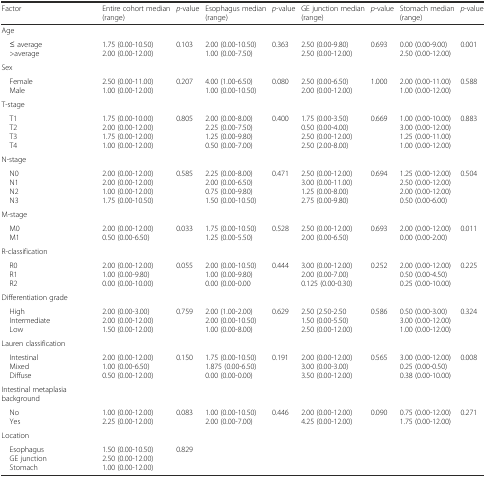
<table><thead><tr><td><b>Factor</b></td><td><b>Entire cohort median (range)</b></td><td><b><i>p</i>-value</b></td><td><b>Esophagus median (range)</b></td><td><b><i>p</i>-value</b></td><td><b>GE junction median (range)</b></td><td><b><i>p</i>-value</b></td><td><b>Stomach median (range)</b></td><td><b><i>p</i>-value</b></td></tr></thead><tbody><tr><td>Age</td><td></td><td></td><td></td><td></td><td></td><td></td><td></td><td></td></tr><tr><td> ≤ average &gt;average</td><td>1.75 (0.00-10.50)2.00 (0.00-12.00)</td><td>0.103</td><td>2.00 (0.00-10.50)1.00 (0.00-7.50)</td><td>0.363</td><td>2.50 (0.00-9.80)2.50 (0.00-12.00)</td><td>0.693</td><td>0.00 (0.00-9.00)2.50 (0.00-12.00)</td><td>0.001</td></tr><tr><td>Sex</td><td></td><td></td><td></td><td></td><td></td><td></td><td></td><td></td></tr><tr><td> Female Male</td><td>2.50 (0.00-11.00)1.00 (0.00-12.00)</td><td>0.207</td><td>4.00 (1.00-6.50)1.00 (0.00-10.50)</td><td>0.080</td><td>2.50 (0.00-6.50)2.00 (0.00-12.00)</td><td>1.000</td><td>2.00 (0.00-11.00)1.00 (0.00-12.00)</td><td>0.588</td></tr><tr><td>T-stage</td><td></td><td></td><td></td><td></td><td></td><td></td><td></td><td></td></tr><tr><td> T1 T2 T3 T4</td><td>1.75 (0.00-10.00)2.00 (0.00-12.00)1.75 (0.00-12.00)1.00 (0.00-12.00)</td><td>0.805</td><td>2.00 (0.00-8.00)2.25 (0.00-7.50)1.25 (0.00-9.80)0.50 (0.00-7.00)</td><td>0.400</td><td>1.75 (0.00-3.50)0.50 (0.00-4.00)2.50 (0.00-12.00)2.50 (2.00-8.00)</td><td>0.669</td><td>1.00 (0.00-10.00)3.00 (0.00-12.00)1.25 (0.00-11.00)1.00 (0.00-12.00)</td><td>0.883</td></tr><tr><td>N-stage</td><td></td><td></td><td></td><td></td><td></td><td></td><td></td><td></td></tr><tr><td> N0 N1 N2 N3</td><td>2.00 (0.00-12.00)2.00 (0.00-12.00)1.00 (0.00-12.00)1.75 (0.00-10.50)</td><td>0.585</td><td>2.25 (0.00-8.00)2.00 (0.00-6.50)0.75 (0.00-9.80)1.50 (0.00-10.50)</td><td>0.471</td><td>2.50 (0.00-12.00)3.00 (0.00-11.00)1.25 (0.00-8.00)2.75 (0.00-9.80)</td><td>0.694</td><td>1.25 (0.00-12.00)2.50 (0.00-12.00)2.00 (0.00-12.00)0.50 (0.00-6.00)</td><td>0.504</td></tr><tr><td>M-stage</td><td></td><td></td><td></td><td></td><td></td><td></td><td></td><td></td></tr><tr><td> M0 M1</td><td>2.00 (0.00-12.00)0.50 (0.00-6.50)</td><td>0.033</td><td>1.75 (0.00-10.50)1.25 (0.00-5.50)</td><td>0.528</td><td>2.50 (0.00-12.00)2.00 (0.00-6.50)</td><td>0.693</td><td>2.00 (0.00-12.00)0.00 (0.00-2.00)</td><td>0.011</td></tr><tr><td>R-classification</td><td></td><td></td><td></td><td></td><td></td><td></td><td></td><td></td></tr><tr><td> R0 R1 R2</td><td>2.00 (0.00-12.00)1.00 (0.00-9.80)0.00 (0.00-10.00)</td><td>0.055</td><td>2.00 (0.00-10.50)1.00 (0.00-9.80)0.00 (0.00-0.00</td><td>0.444</td><td>3.00 (0.00-12.00)2.00 (0.00-7.00)0.125 (0.00-0.30)</td><td>0.252</td><td>2.00 (0.00-12.00)0.50 (0.00-4.50)0.25 (0.00-10.00)</td><td>0.225</td></tr><tr><td>Differentiation grade</td><td></td><td></td><td></td><td></td><td></td><td></td><td></td><td></td></tr><tr><td> High Intermediate Low</td><td>2.00 (0.00-3.00)2.00 (0.00-12.00)1.50 (0.00-12.00)</td><td>0.759</td><td>2.00 (1.00-2.00)2.00 (0.00-10.50)1.00 (0.00-8.00)</td><td>0.629</td><td>2.50 (2.50-2.501.50 (0.00-5.50)2.50 (0.00-12.00)</td><td>0.586</td><td>0.50 (0.00-3.00)3.00 (0.00-12.00)1.00 (0.00-12.00)</td><td>0.324</td></tr><tr><td>Lauren classification</td><td></td><td></td><td></td><td></td><td></td><td></td><td></td><td></td></tr><tr><td> Intestinal Mixed Diffuse</td><td>2.00 (0.00-12.00)1.00 (0.00-6.50)0.50 (0.00-12.00)</td><td>0.150</td><td>1.75 (0.00-10.50)1.875 (0.00-6.50)0.00 (0.00-0.00)</td><td>0.191</td><td>2.00 (0.00-12.00)3.00 (0.00-3.00)3.50 (0.00-12.00)</td><td>0.565</td><td>3.00 (0.00-12.00)0.25 (0.00-0.50)0.38 (0.00-10.00)</td><td>0.008</td></tr><tr><td>Intestinal metaplasia background</td><td></td><td></td><td></td><td></td><td></td><td></td><td></td><td></td></tr><tr><td> No Yes</td><td>1.00 (0.00-12.00)2.25 (0.00-12.00)</td><td>0.083</td><td>1.00 (0.00-10.50)2.00 (0.00-7.00)</td><td>0.446</td><td>2.00 (0.00-12.00)4.25 (0.00-12.00)</td><td>0.090</td><td>0.75 (0.00-12.00)1.75 (0.00-12.00)</td><td>0.271</td></tr><tr><td>Location</td><td></td><td></td><td></td><td></td><td></td><td></td><td></td><td></td></tr><tr><td> Esophagus GE junction Stomach</td><td>1.50 (0.00-10.50)2.50 (0.00-12.00)1.00 (0.00-12.00)</td><td>0.829</td><td></td><td></td><td></td><td></td><td></td><td></td></tr></tbody></table>